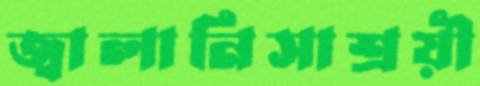
জ্বালানিসাশ্রয়ী